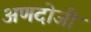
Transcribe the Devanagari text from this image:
अणदोजी